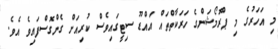
މި އަހަރުގެ މި ޕްރޮމޯޝަންގެ ހަރަކާތްތައް އައްޑޫ ސިޓީގައިވެސް ކުރިއަށް ގެންގޮސްފައިވެ އެވެ.